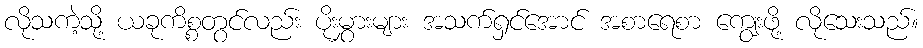
လိုသကဲ့သို့ ယခုကိစ္စတွင်လည်း ပိုးမွှားများ အသက်ရှင်အောင် အစာရေစာ ကျွေးဖို့ လိုသေးသည်။